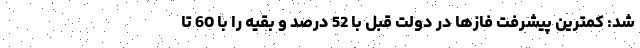
شد: کمترین پیشرفت فازها در دولت قبل با 52 درصد و بقیه را با 60 تا